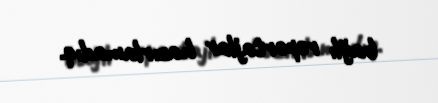
bağlı reportajlar hazırlamadıq.